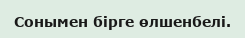
Сонымен бiрге өлшенбелі.